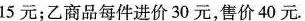
15元；乙商品每件进价30元，售价40元。